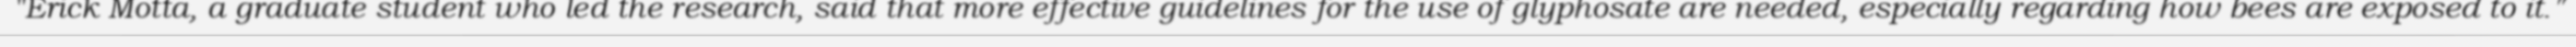
"Erick Motta, a graduate student who led the research, said that more effective guidelines for the use of glyphosate are needed, especially regarding how bees are exposed to it."